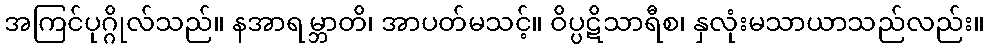
အကြင်ပုဂ္ဂိုလ်သည်။ နအာရမ္ဘာတိ၊ အာပတ်မသင့်။ ဝိပ္ပဋိသာရီစ၊ နှလုံးမသာယာသည်လည်း။